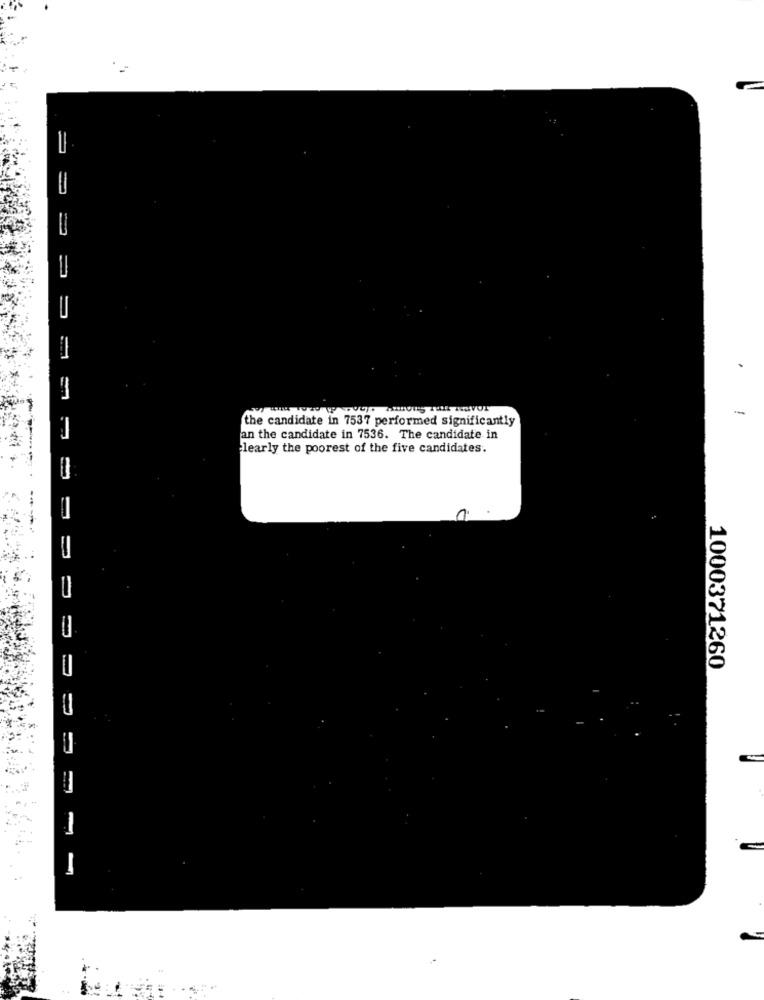
the candidate in 7537 performed significantly
an the candidate in 7536. The candidate in
learly the poorest of the five candidates.
1000371260